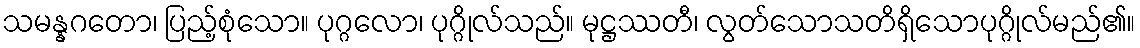
သမန္နဂတော၊ ပြည့်စုံသော။ ပုဂ္ဂလော၊ ပုဂ္ဂိုလ်သည်။ မုဋ္ဌဿတီ၊ လွတ်သောသတိရှိသောပုဂ္ဂိုလ်မည်၏။